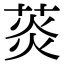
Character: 菼